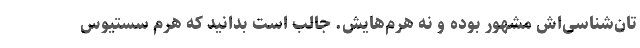
تان‌شناسی‌اش مشهور بوده و نه هرم‌هایش. جالب است بدانید که هرم سستیوس